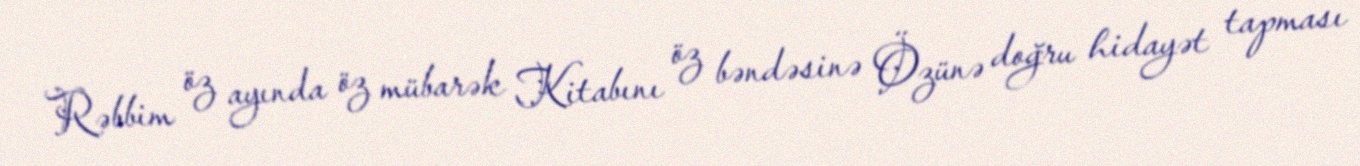
Rəbbim öz ayında öz mübarək Kitabını öz bəndəsinə Özünə doğru hidayət tapması